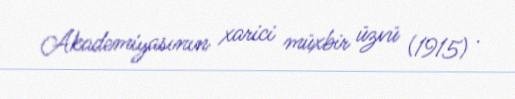
Akademiyasının xarici müxbir üzvü (1915) .